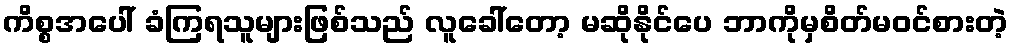
ကိစ္စအပေါ် ခံကြရသူများဖြစ်သည် လူခေါ်တော့ မဆိုနိုင်ပေ ဘာကိုမှစိတ်မဝင်စားတဲ့